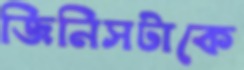
জিনিসটাকে